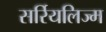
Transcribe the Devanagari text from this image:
सर्रियलिज्म